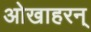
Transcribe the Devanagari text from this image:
ओखाहरन्